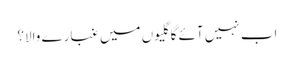
اب نہیں آئے گا گلیوں میں غبارے والا؟